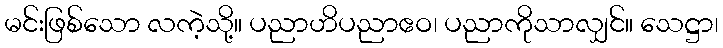
မင်းဖြစ်သော လကဲ့သို့။ ပညာဟိပညာဧဝ၊ ပညာကိုသာလျှင်။ သေဋ္ဌာ၊